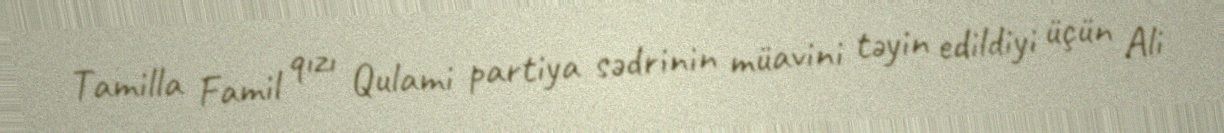
Tamilla Famil qızı Qulami partiya sədrinin müavini təyin edildiyi üçün Ali